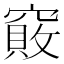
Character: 𥨇